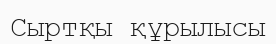
Сыртқы құрылысы